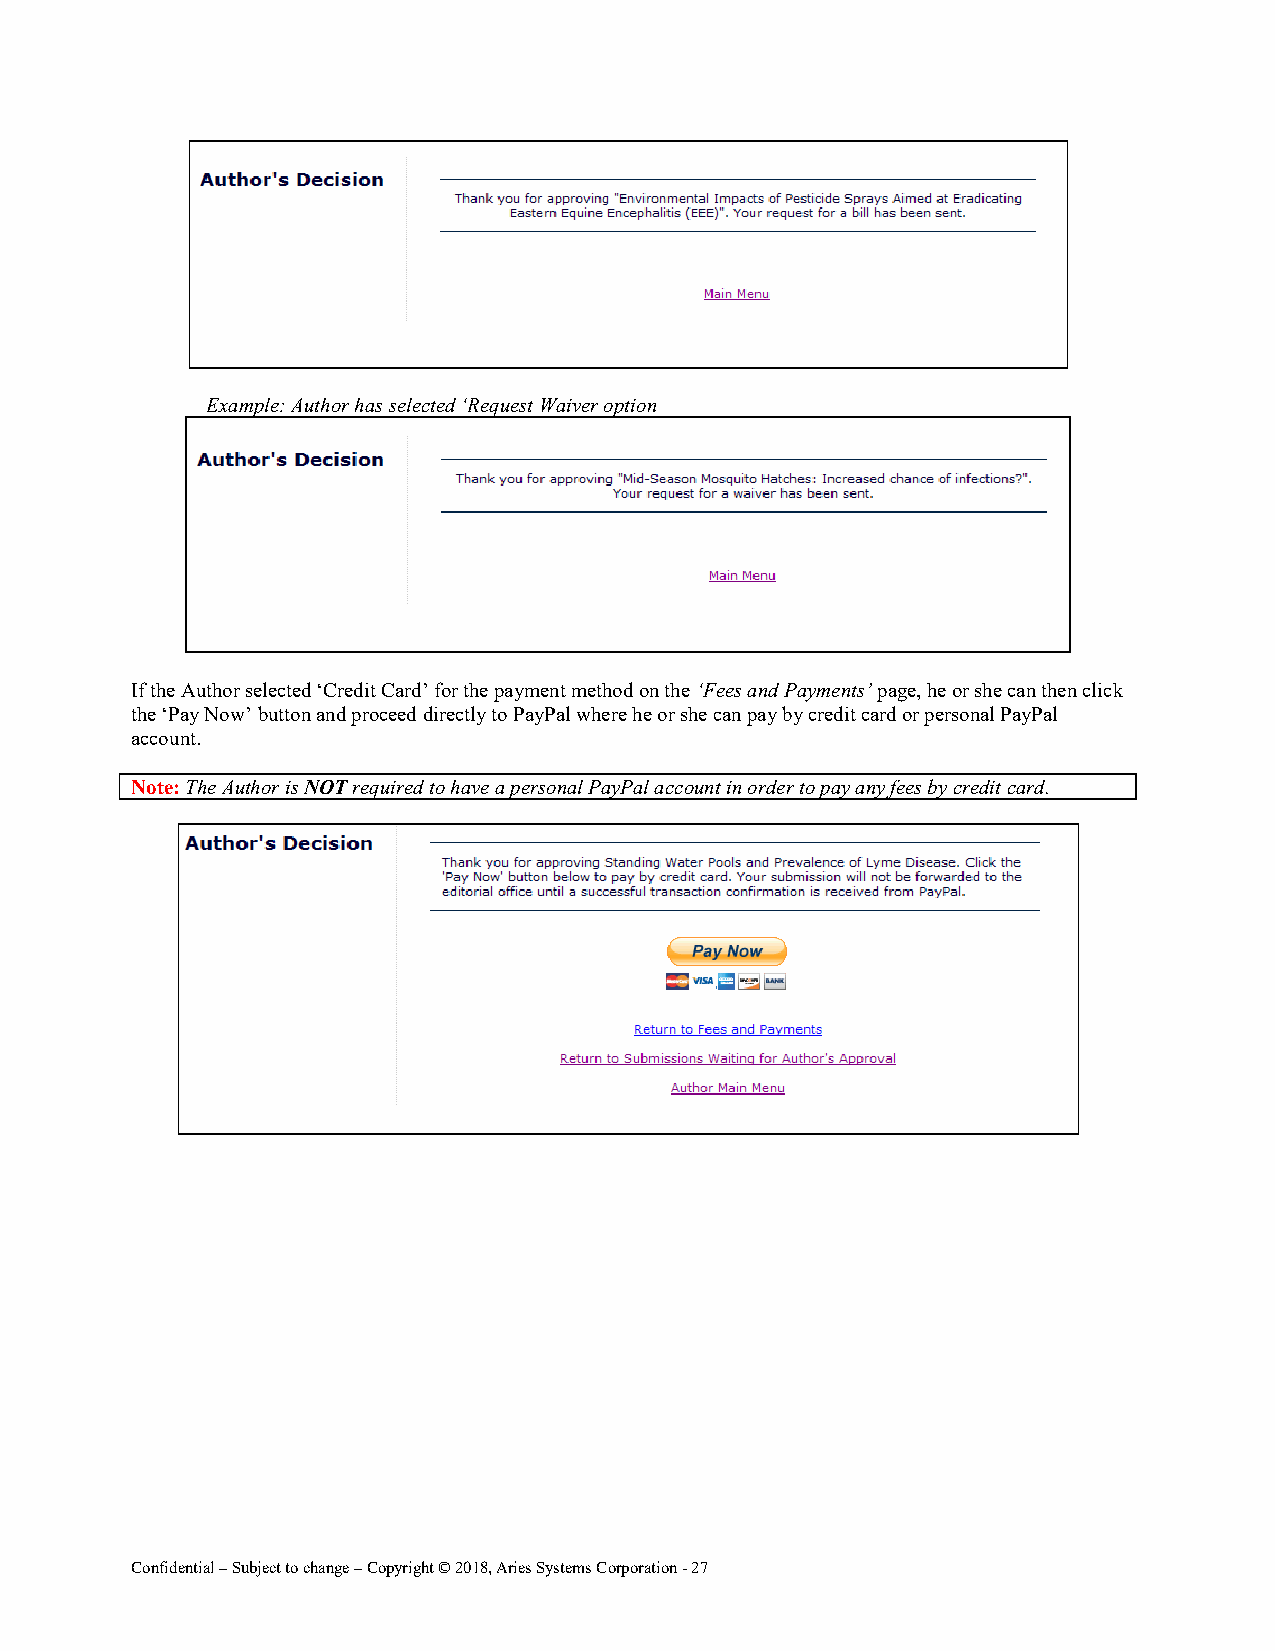
Example: Author has selected ‘Request Waiver option
 If the Author selected ‘Credit Card’ for the payment method on the ‘Fees and Payments’ page, he or she can then click
 the ‘Pay Now’ button and proceed directly to PayPal where he or she can pay by credit card or personal PayPal
 account.
 Note: The Author is NOT required to have a personal PayPal account in order to pay any fees by credit card.
 Confidential – Subject to change – Copyright © 2018, Aries Systems Corporation - 27